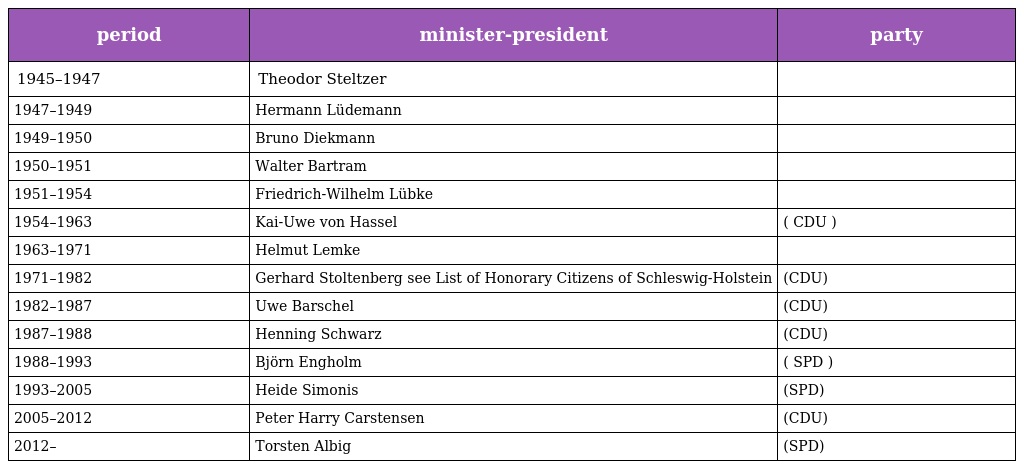
| period | minister-president | party |
 | --- | --- | --- |
 | 1945–1947 | Theodor Steltzer |  |
 | 1947–1949 | Hermann Lüdemann |  |
 | 1949–1950 | Bruno Diekmann |  |
 | 1950–1951 | Walter Bartram |  |
 | 1951–1954 | Friedrich-Wilhelm Lübke |  |
 | 1954–1963 | Kai-Uwe von Hassel | ( CDU ) |
 | 1963–1971 | Helmut Lemke |  |
 | 1971–1982 | Gerhard Stoltenberg see List of Honorary Citizens of Schleswig-Holstein | (CDU) |
 | 1982–1987 | Uwe Barschel | (CDU) |
 | 1987–1988 | Henning Schwarz | (CDU) |
 | 1988–1993 | Björn Engholm | ( SPD ) |
 | 1993–2005 | Heide Simonis | (SPD) |
 | 2005–2012 | Peter Harry Carstensen | (CDU) |
 | 2012– | Torsten Albig | (SPD) |